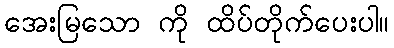
အေးမြသော ကို ထိပ်တိုက်ပေးပါ။